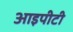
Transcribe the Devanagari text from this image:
आइपीटी